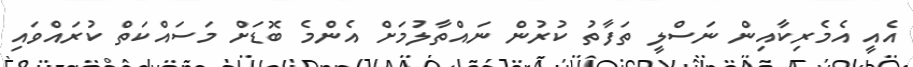
އެއީ އެމެރިކާއިން ނަސްލީ ތަފާތު ކުރުން ނައްތާލުމަށް އެންމެ ބޮޑަށް މަސައްކަތް ކުރައްވައި